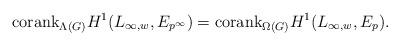
LaTeX: \begin{align*}\mathrm{corank}_{\Lambda(G)}H^{1}(L_{\infty,w}, E_{p^{\infty}}) = \mathrm{corank}_{\Omega(G)}H^{1}(L_{\infty,w}, E_{p}).\end{align*}